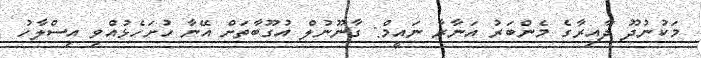
މަކުނުދޫ ދާއިރާގެ މެންބަރު އަނާރާ ނައީމް: ގާނޫނުލް އުގޫބާތަށް އޭނާ ހުށަހެޅުއްވި އިސްލާހު